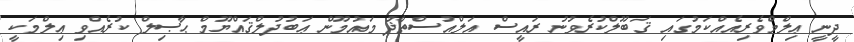
ދީނީ ޢިލްމްވެރިއެއްކަމުގައި ޤަބޫލްކުރެވުނު ރައީސް އަލްއުސްތާޛު މައުމޫން ޢަބުދުލްޤައްޔޫމް ޙާޞިލް ކުރެއްވި ޢިލްމަކީ